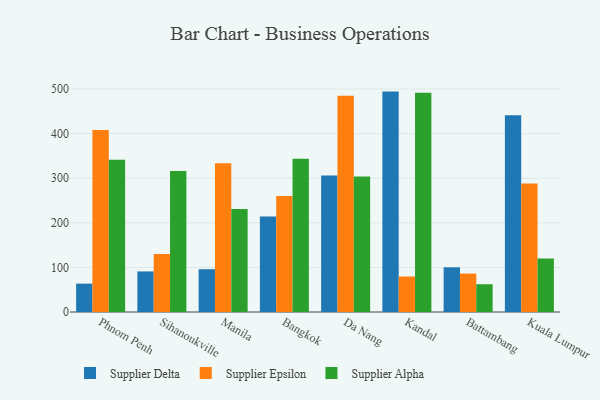
{"axis": {"x": "City", "y": "Production Output"}, "legend": ["Supplier Alpha", "Supplier Delta", "Supplier Epsilon"], "data": [{"x": "Phnom Penh", "y": 63.6, "type": "Supplier Delta"}, {"x": "Phnom Penh", "y": 408.2, "type": "Supplier Epsilon"}, {"x": "Phnom Penh", "y": 341.5, "type": "Supplier Alpha"}, {"x": "Sihanoukville", "y": 91.0, "type": "Supplier Delta"}, {"x": "Sihanoukville", "y": 130.0, "type": "Supplier Epsilon"}, {"x": "Sihanoukville", "y": 316.2, "type": "Supplier Alpha"}, {"x": "Manila", "y": 96.0, "type": "Supplier Delta"}, {"x": "Manila", "y": 333.4, "type": "Supplier Epsilon"}, {"x": "Manila", "y": 231.0, "type": "Supplier Alpha"}, {"x": "Bangkok", "y": 213.9, "type": "Supplier Delta"}, {"x": "Bangkok", "y": 260.3, "type": "Supplier Epsilon"}, {"x": "Bangkok", "y": 343.8, "type": "Supplier Alpha"}, {"x": "Da Nang", "y": 306.1, "type": "Supplier Delta"}, {"x": "Da Nang", "y": 484.8, "type": "Supplier Epsilon"}, {"x": "Da Nang", "y": 304.0, "type": "Supplier Alpha"}, {"x": "Kandal", "y": 494.2, "type": "Supplier Delta"}, {"x": "Kandal", "y": 79.6, "type": "Supplier Epsilon"}, {"x": "Kandal", "y": 491.7, "type": "Supplier Alpha"}, {"x": "Battambang", "y": 100.2, "type": "Supplier Delta"}, {"x": "Battambang", "y": 86.2, "type": "Supplier Epsilon"}, {"x": "Battambang", "y": 62.3, "type": "Supplier Alpha"}, {"x": "Kuala Lumpur", "y": 441.1, "type": "Supplier Delta"}, {"x": "Kuala Lumpur", "y": 288.4, "type": "Supplier Epsilon"}, {"x": "Kuala Lumpur", "y": 120.2, "type": "Supplier Alpha"}]}